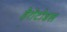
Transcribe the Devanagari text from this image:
हेरोटोडस